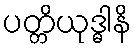
ပတ္တိယုဒ္ဓါနိ